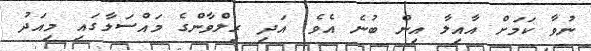
ނުވާ ކަމަށް އާއިލާ އިން ބުނެ އެވެ. އަދި ރިލްވާންގެ މައްސަލާގައި މިއަދު